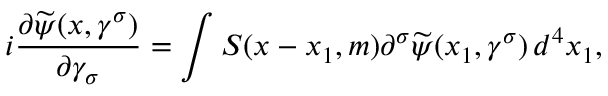
i \frac { \partial \widetilde { \psi } ( x , \gamma ^ { \sigma } ) } { \partial \gamma _ { \sigma } } = \int S ( x - x _ { 1 } , m ) \partial ^ { \sigma } \widetilde { \psi } ( x _ { 1 } , \gamma ^ { \sigma } ) \, d ^ { 4 } x _ { 1 } ,